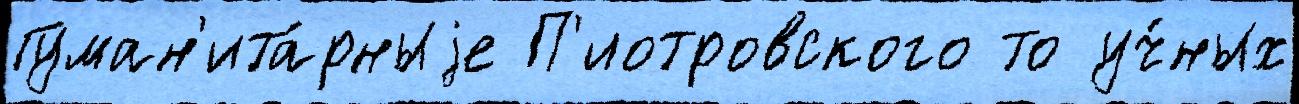
Гуман'ита́рныjе П'иотровского то уч́ных